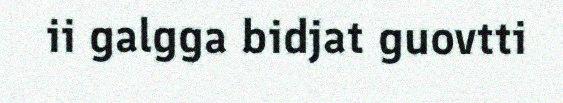
ii galgga bidjat guovtti